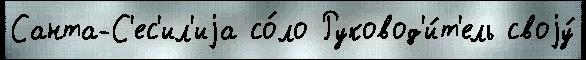
Санта-С'ес'ил'иjа со́ло Руковод'и́т'ель своjу́